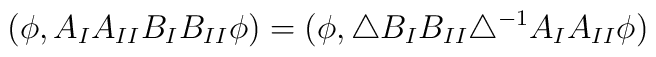
(\phi,A_I A_{II} B_I B_{II} \phi) =(\phi,\triangle B_I B_{II} \triangle^{-1}A_I A_{II} \phi)